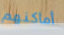
أماكنهم